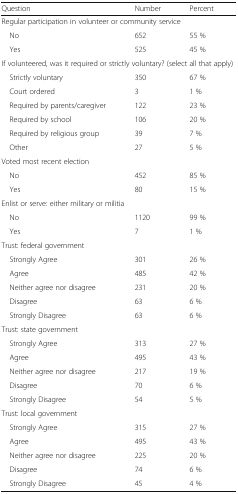
<table><thead><tr><td><b>Question</b></td><td><b>Number</b></td><td><b>Percent</b></td></tr></thead><tbody><tr><td colspan="3">Regular participation in volunteer or community service</td></tr><tr><td> No</td><td>652</td><td>55 %</td></tr><tr><td> Yes</td><td>525</td><td>45 %</td></tr><tr><td colspan="3">If volunteered, was it required or strictly voluntary? (select all that apply)</td></tr><tr><td> Strictly voluntary</td><td>350</td><td>67 %</td></tr><tr><td> Court ordered</td><td>3</td><td>1 %</td></tr><tr><td> Required by parents/caregiver</td><td>122</td><td>23 %</td></tr><tr><td> Required by school</td><td>106</td><td>20 %</td></tr><tr><td> Required by religious group</td><td>39</td><td>7 %</td></tr><tr><td> Other</td><td>27</td><td>5 %</td></tr><tr><td colspan="3">Voted most recent election</td></tr><tr><td> No</td><td>452</td><td>85 %</td></tr><tr><td> Yes</td><td>80</td><td>15 %</td></tr><tr><td colspan="3">Enlist or serve: either military or militia</td></tr><tr><td> No</td><td>1120</td><td>99 %</td></tr><tr><td> Yes</td><td>7</td><td>1 %</td></tr><tr><td colspan="3">Trust: federal government</td></tr><tr><td> Strongly Agree</td><td>301</td><td>26 %</td></tr><tr><td> Agree</td><td>485</td><td>42 %</td></tr><tr><td> Neither agree nor disagree</td><td>231</td><td>20 %</td></tr><tr><td> Disagree</td><td>63</td><td>6 %</td></tr><tr><td> Strongly Disagree</td><td>63</td><td>6 %</td></tr><tr><td colspan="3">Trust: state government</td></tr><tr><td> Strongly Agree</td><td>313</td><td>27 %</td></tr><tr><td> Agree</td><td>495</td><td>43 %</td></tr><tr><td> Neither agree nor disagree</td><td>217</td><td>19 %</td></tr><tr><td> Disagree</td><td>70</td><td>6 %</td></tr><tr><td> Strongly Disagree</td><td>54</td><td>5 %</td></tr><tr><td colspan="3">Trust: local government</td></tr><tr><td> Strongly Agree</td><td>315</td><td>27 %</td></tr><tr><td> Agree</td><td>495</td><td>43 %</td></tr><tr><td> Neither agree nor disagree</td><td>225</td><td>20 %</td></tr><tr><td> Disagree</td><td>74</td><td>6 %</td></tr><tr><td> Strongly Disagree</td><td>45</td><td>4 %</td></tr></tbody></table>